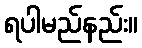
ရပါမည်နည်း။